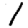
Digit: 1